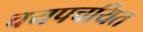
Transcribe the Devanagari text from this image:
चयपचयित